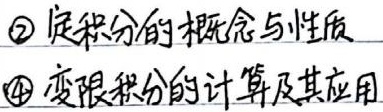
\textcircled{2} 定积分的概念与性质
\textcircled{4} 变限积分的计算及其应用